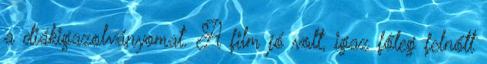
a diákigazolványomat. A film jó volt, igaz főleg felnőtt